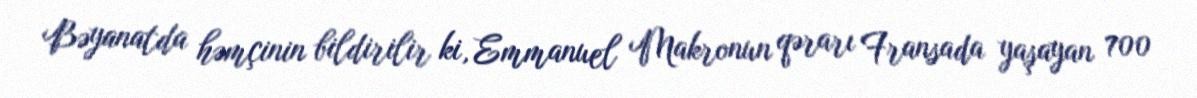
Bəyanatda həmçinin bildirilir ki, Emmanuel Makronun qərarı Fransada yaşayan 700